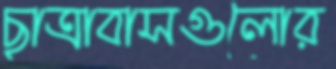
ছাত্রাবাসগুলোর